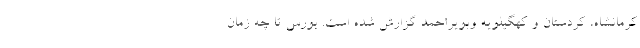
کرمانشاه، کردستان و کهگیلویه وبویراحمد گزارش شده است. بورس تا چه زمان